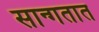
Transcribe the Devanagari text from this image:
सान्गतात